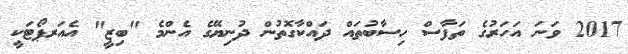
2017 ވަނަ އަހަރުގެ ތަފާސް ހިސާބުތައް ދައްކާގޮތުން ދުނިޔޭގެ އެންމެ "ބިޒީ" އެއަރޕޯޓަކީ